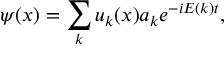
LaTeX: \psi ( x ) = \sum _ { k } u _ { k } ( x ) a _ { k } e ^ { - i E ( k ) t } ,